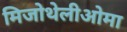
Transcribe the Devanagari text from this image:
मिजोथेलीओमा